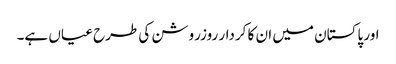
اور پاکستان میں ان کا کردار روزروشن کی طرح عیاں ہے۔